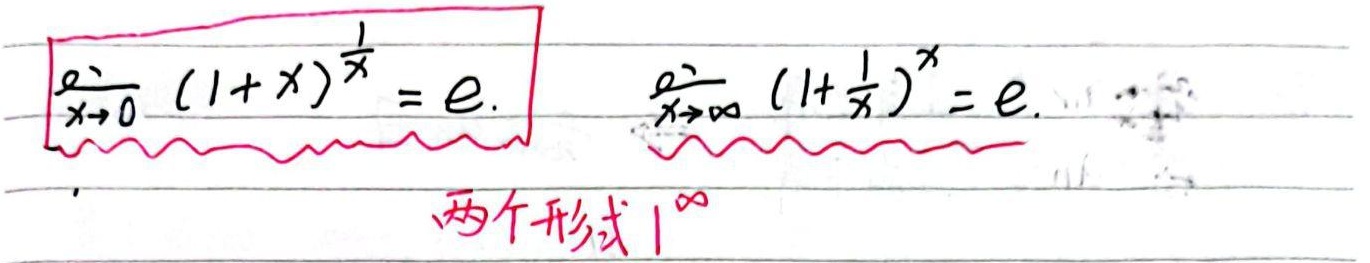
\[
\lim_{x \to 0} (1 + x)^{\frac{1}{x}} = e.
\]
\[
\lim_{x \to \infty} \left(1 + \frac{1}{x}\right)^{x} = e.
\]
两个形式：\(1^{\infty}\)